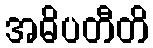
အဓိပတီတိ